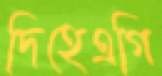
দিহেএগি